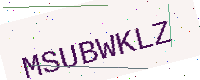
Text: MSUBWKLZ